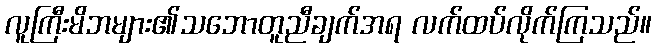
လူကြီးမိဘများ၏သဘောတူညီချက်အရ လက်ထပ်လိုက်ကြသည်။